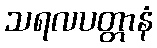
သရလပတ္တာနံ